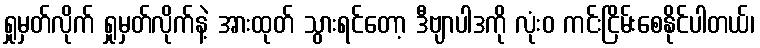
ရှုမှတ်လိုက် ရှုမှတ်လိုက်နဲ့ အားထုတ် သွားရင်တော့ ဒီဗျာပါဒကို လုံးဝ ကင်းငြိမ်းစေနိုင်ပါတယ်၊